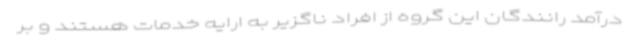
درآمد رانندگان این گروه از افراد ناگزیر به ارایه خدمات هستند و بر